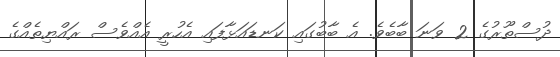
ދުސްތޫރުގެ 2 ވަނަ ބާބެވެ. އެ ބާބުގައި ކަނޑައަޅާފައި އެހުރީ އެއްވެސް ރައްޔިތެއްގެ